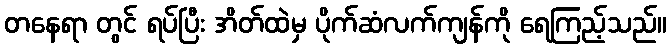
တနေရာ တွင် ရပ်ပြီး အိတ်ထဲမှ ပိုက်ဆံလက်ကျန်ကို ရေကြည့်သည်။